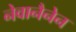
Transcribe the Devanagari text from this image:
नेवानैनेन